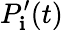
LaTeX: P_{\mathbf{i}}^{\prime}(t)